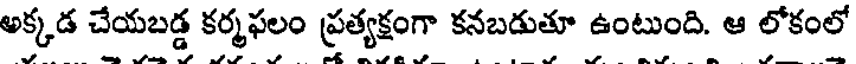
అక్కడ చేయబడ్డ కర్మఫలం ప్రత్యక్షంగా కనబడుతూ ఉంటుంది. ఆ లోకంలో